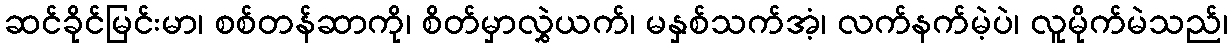
ဆင်ခိုင်မြင်းမာ၊ စစ်တန်ဆာကို၊ စိတ်မှာလွှဲယက်၊ မနှစ်သက်အံ့၊ လက်နက်မဲ့ပဲ၊ လူမိုက်မဲသည်၊